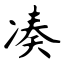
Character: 凑